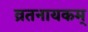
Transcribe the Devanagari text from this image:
व्रतनायकम्